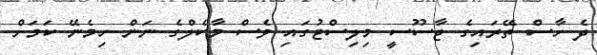
ދެ ހާސް ތޭރައިގެ ޖާސޫސީ މިލިސްޓުގައި ވެސް މާކެލްގެ ނަން ހިމެނޭ ކަމަށް